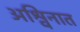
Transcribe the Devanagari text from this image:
अश्विनात